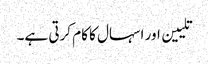
تلیین اور اسہال کا کام کرتی ہے۔